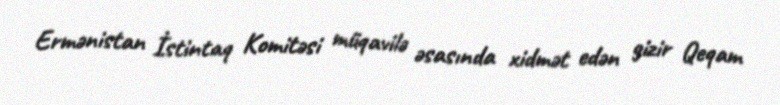
Ermənistan İstintaq Komitəsi müqavilə əsasında xidmət edən gizir Qeqam